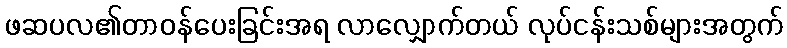
ဖဆပလ၏တာဝန်ပေးခြင်းအရ လာလျှောက်တယ် လုပ်ငန်းသစ်များအတွက်